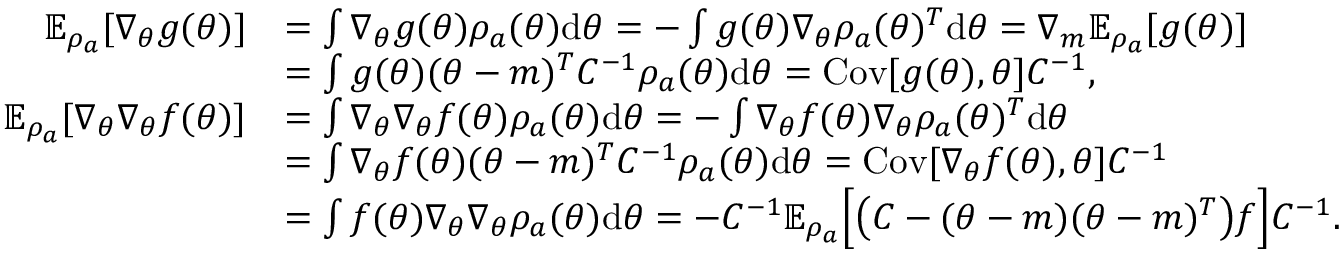
\begin{array} { r l } { \mathbb { E } _ { \rho _ { a } } [ \nabla _ { \theta } g ( \theta ) ] } & { = \int \nabla _ { \theta } g ( \theta ) \rho _ { a } ( \theta ) \mathrm { d } \theta = - \int g ( \theta ) \nabla _ { \theta } \rho _ { a } ( \theta ) ^ { T } \mathrm { d } \theta = \nabla _ { m } \mathbb { E } _ { \rho _ { a } } [ g ( \theta ) ] } \\ & { = \int g ( \theta ) ( \theta - m ) ^ { T } C ^ { - 1 } \rho _ { a } ( \theta ) \mathrm { d } \theta = \mathrm { C o v } [ g ( \theta ) , \theta ] C ^ { - 1 } , } \\ { \mathbb { E } _ { \rho _ { a } } [ \nabla _ { \theta } \nabla _ { \theta } f ( \theta ) ] } & { = \int \nabla _ { \theta } \nabla _ { \theta } f ( \theta ) \rho _ { a } ( \theta ) \mathrm { d } \theta = - \int \nabla _ { \theta } f ( \theta ) \nabla _ { \theta } \rho _ { a } ( \theta ) ^ { T } \mathrm { d } \theta } \\ & { = \int \nabla _ { \theta } f ( \theta ) ( \theta - m ) ^ { T } C ^ { - 1 } \rho _ { a } ( \theta ) \mathrm { d } \theta = \mathrm { C o v } [ \nabla _ { \theta } f ( \theta ) , \theta ] C ^ { - 1 } } \\ & { = \int f ( \theta ) \nabla _ { \theta } \nabla _ { \theta } \rho _ { a } ( \theta ) \mathrm { d } \theta = - C ^ { - 1 } \mathbb { E } _ { \rho _ { a } } \Bigl [ \bigl ( C - ( \theta - m ) ( \theta - m ) ^ { T } \bigr ) f \Bigr ] C ^ { - 1 } . } \end{array}